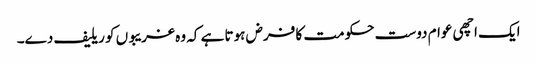
ایک اچھی عوام دوست حکومت کا فرض ہوتا ہے کہ وہ غریبوں کو ریلیف دے۔